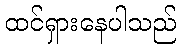
ထင်ရှားနေပါသည်